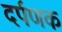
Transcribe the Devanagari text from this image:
दर्पणक